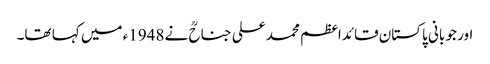
اور جو بانی پاکستان قائداعظم محمد علی جناحؒ نے 1948ء میں کہا تھا۔